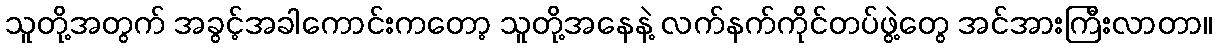
သူတို့အတွက် အခွင့်အခါကောင်းကတော့ သူတို့အနေနဲ့ လက်နက်ကိုင်တပ်ဖွဲ့တွေ အင်အားကြီးလာတာ။